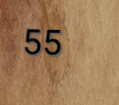
55